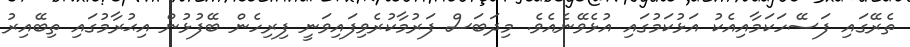
ތެރޭގައި ފަސޭހަކަމާއިއެކު އަޅުކަމުގައި އުޅެވޭނެއެވެ. މިދަބަސް ފަރުމާކުރެވިފައިވަނީ ފިރިހެން ބޭފުޅުން އިޙުރާމުގައި ތިބޭއިރު